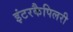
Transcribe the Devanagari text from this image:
इंटरकैपिलरी